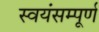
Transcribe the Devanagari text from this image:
स्वयंसम्पूर्ण